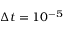
\Delta t = 1 0 ^ { - 5 }